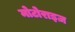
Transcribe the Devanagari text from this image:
मोटोराइज़